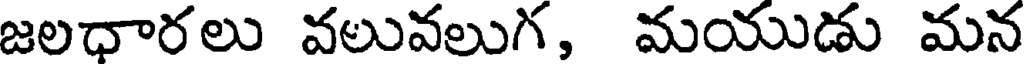
జలధారలు వలువలుగ, మయుడు మన